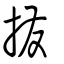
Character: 撥